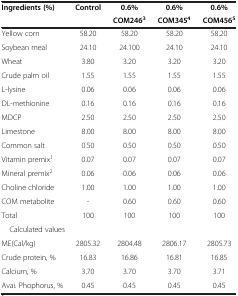
| Ingredients (%) | Control | 0.6% | 0.6% | 0.6% |
 |  |  | COM2463 | COM3454 | COM4565 |
 | --- | --- | --- | --- | --- |
 | Yellow corn | 58.20 | 58.20 | 58.20 | 58.20 |
 | Soybean meal | 24.10 | 24.100 | 24.10 | 24.10 |
 | Wheat | 3.80 | 3.20 | 3.20 | 3.20 |
 | Crude palm oil | 1.55 | 1.55 | 1.55 | 1.55 |
 | L-lysine | 0.06 | 0.06 | 0.06 | 0.06 |
 | DL-methionine | 0.16 | 0.16 | 0.16 | 0.16 |
 | MDCP | 2.50 | 2.50 | 2.50 | 2.50 |
 | Limestone | 8.00 | 8.00 | 8.00 | 8.00 |
 | Common salt | 0.50 | 0.50 | 0.50 | 0.50 |
 | Vitamin premix1 | 0.07 | 0.07 | 0.07 | 0.07 |
 | Mineral premix2 | 0.06 | 0.06 | 0.06 | 0.06 |
 | Choline chloride | 1.00 | 1.00 | 1.00 | 1.00 |
 | COM metabolite | - | 0.60 | 0.60 | 0.60 |
 | Total | 100 | 100 | 100 | 100 |
 | <COLSPAN=2> Calculated values |  |  |  |
 | ME(Cal/kg) | 2805.32 | 2804.48 | 2806.17 | 2805.73 |
 | Crude protein, % | 16.83 | 16.86 | 16.81 | 16.85 |
 | Calcium, % | 3.70 | 3.70 | 3.70 | 3.71 |
 | Avai. Phophorus, % | 0.45 | 0.45 | 0.45 | 0.45 |